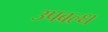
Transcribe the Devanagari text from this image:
उपबल्ध